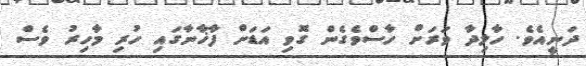
ދަނީއެވެ. ހާލިދާ ވަރަށް ހާސްވެގެން ގޮވި އަޑަށް ފާޚާނާގައި ހުރި މާހިރު ވެސް